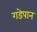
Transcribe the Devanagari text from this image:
गडेपान